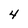
Character: 4